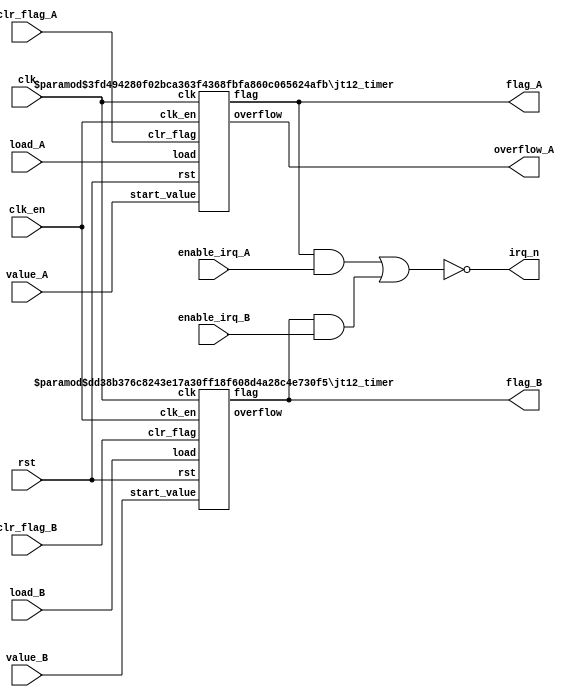
/*  This file is part of JT12.

	JT12 is free software: you can redistribute it and/or modify
	it under the terms of the GNU General Public License as published by
	the Free Software Foundation, either version 3 of the License, or
	(at your option) any later version.

	JT12 is distributed in the hope that it will be useful,
	but WITHOUT ANY WARRANTY; without even the implied warranty of
	MERCHANTABILITY or FITNESS FOR A PARTICULAR PURPOSE.  See the
	GNU General Public License for more details.

	You should have received a copy of the GNU General Public License
	along with JT12.  If not, see <http://www.gnu.org/licenses/>.

	Author: Jose Tejada Gomez. Twitter: @topapate
	Version: 1.0
	Date: 14-2-2017

	YM3438_APL.pdf
	Timer A = 144*(1024-NA)/Phi M
	Timer B = 2304*(256-NB)/Phi M
	*/

`timescale 1ns / 1ps

module jt12_timers(
  input			clk,
  input			rst,
  input			clk_en,	// clock enable
  input [9:0]	value_A,
  input [7:0]	value_B,
  input 		load_A,
  input 		load_B,
  input 		clr_flag_A,
  input 		clr_flag_B,
  input 		enable_irq_A,
  input 		enable_irq_B,
  output 	 	flag_A,
  output 	 	flag_B,
  output		overflow_A,
  output 	 	irq_n
);

assign irq_n = ~( (flag_A&enable_irq_A) | (flag_B&enable_irq_B) );

jt12_timer #(.mult_width(5), .mult_max(24), .counter_width(10)) 
timer_A(
	.clk		( clk		), 
	.rst		( rst		),
	.clk_en		( clk_en 	),
	.start_value( value_A	),
	.load		( load_A   	),
	.clr_flag   ( clr_flag_A),
	.flag		( flag_A	),
	.overflow	( overflow_A)
);

jt12_timer #(.mult_width(9), .mult_max(384), .counter_width(8)) 
timer_B(
	.clk		( clk		), 
	.rst		( rst		),
	.clk_en		( clk_en 	),
	.start_value( value_B	),
	.load		( load_B   	),
	.clr_flag   ( clr_flag_B),
	.flag		( flag_B	),
	.overflow	(			)
);

endmodule

module jt12_timer #(parameter counter_width = 10, mult_width=5, mult_max=4 )
(
	input	clk, 
	input	rst,
(* direct_enable *) input	clk_en,
	input	[counter_width-1:0] start_value,
	input	load,
	input	clr_flag,
	output reg flag,
	output reg overflow
);

reg [   mult_width-1:0] mult;
reg [counter_width-1:0] cnt;

always@(posedge clk)
	if( clr_flag || rst)
		flag <= 1'b0;
	else if(overflow) flag<=1'b1;

reg [mult_width+counter_width-1:0] next, init;

always @(*) begin
	if( mult+1'b1<mult_max ) begin
		// mult not meant to overflow in this line
		{overflow, next } = { {1'b0, cnt}, mult+1'b1 } ; 
	end else begin
		{overflow, next } = { {1'b0, cnt}+1'b1, {mult_width{1'b0}} };
	end
	init = { start_value, {mult_width{1'b0}} };
end

always @(posedge clk)
	if( ~load || rst) begin
	  mult <= { (mult_width){1'b0} };
	  cnt  <= start_value;
	end
	else if( clk_en )
	  { cnt, mult } <= overflow ? init : next;

endmodule